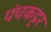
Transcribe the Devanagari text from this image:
पंचकट्टर